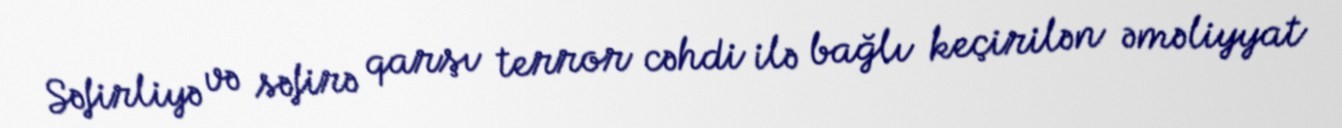
Səfirliyə və səfirə qarşı terror cəhdi ilə bağlı keçirilən əməliyyat